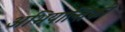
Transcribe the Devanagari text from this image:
अभियान्तिकी